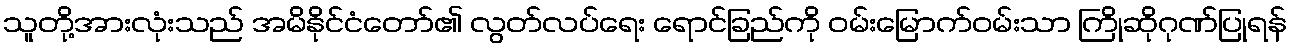
သူတို့အားလုံးသည် အမိနိုင်ငံတော်၏ လွတ်လပ်ရေး ရောင်ခြည်ကို ဝမ်းမြောက်ဝမ်းသာ ကြိုဆိုဂုဏ်ပြုရန်